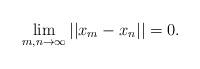
LaTeX: \begin{align*}\lim_{m,n\to\infty}||x_{m}-x_n||=0.\end{align*}